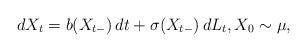
LaTeX: \begin{align*}dX_t = b(X_{t-}) \, dt + \sigma(X_{t-}) \, dL_t, X_0 \sim \mu, \end{align*}